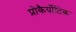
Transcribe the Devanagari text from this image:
प्रोकैर्योटिक